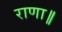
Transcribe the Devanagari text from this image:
राणा॥